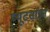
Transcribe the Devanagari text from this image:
प्यूटर्साइन